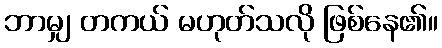
ဘာမျှ တကယ် မဟုတ်သလို ဖြစ်နေ၏။